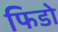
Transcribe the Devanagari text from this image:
फिडो